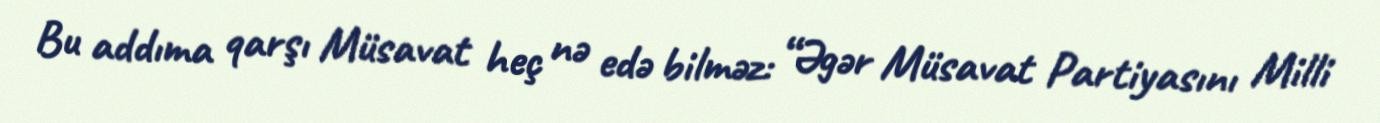
Bu addıma qarşı Müsavat heç nə edə bilməz: “Əgər Müsavat Partiyasını Milli